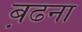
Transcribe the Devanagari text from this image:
ब़ढना